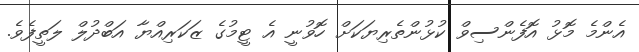
އެންމެ މޮޅު އޮފެންސިވް ކުޅުންތެރިޔަކަށް ހޮވުނީ އެ ޓީމުގެ ޒަކަރިއްޔާ އަބްދުލް ލަތީފެވެ.